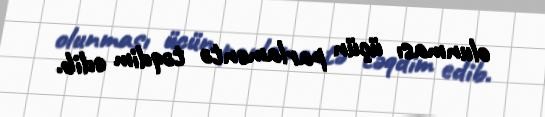
olunması üçün parlamentə təqdim edib.